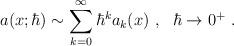
LaTeX: \begin{align*}a(x;\hbar)\sim \sum_{k=0}^\infty\hbar^ka_k(x) \ , \ \ \hbar\rightarrow 0^+ \ .\end{align*}